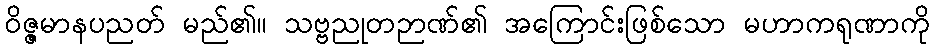
ဝိဇ္ဇမာနပညတ် မည်၏။ သဗ္ဗညုတဉာဏ်၏ အကြောင်းဖြစ်သော မဟာကရုဏာကို